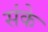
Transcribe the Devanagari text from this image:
संके